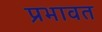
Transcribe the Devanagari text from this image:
प्रभावत